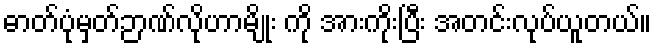
ဓာတ်ပုံမှတ်ဉာဏ်လိုဟာမျိုး ကို အားကိုးပြီး အတင်းလုပ်ယူတယ်။